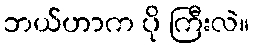
ဘယ်ဟာက ပို ကြီးလဲ။